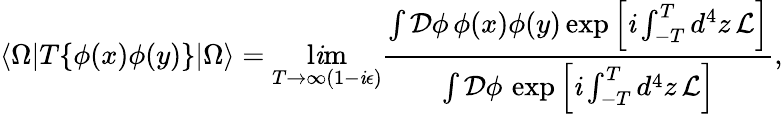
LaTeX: \langle\Omega|T\{ \phi(x)\phi(y)\} |\Omega\rangle=\operatorname*{l\mathit{i}m}_{T\to\infty(1-\mathit{i}\epsilon)}{\frac{{\int{\mathcal{{D}}}\phi\, \phi(x)\phi(y)\exp\left[\mathit{i}\int_{-T}^{T}d^{4}z\, {\mathcal{{L}}}\right]}}{{\int{\mathcal{{D}}}\phi\, \exp\left[\mathit{i}\int_{-T}^{T}d^{4}z\, {\mathcal{{L}}}\right]}}},